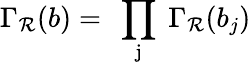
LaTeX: \Gamma_{\mathcal{R}}(b)=\mathrm{{~\prod_{j}~}}\Gamma_{\mathcal{R}}(b_{j})